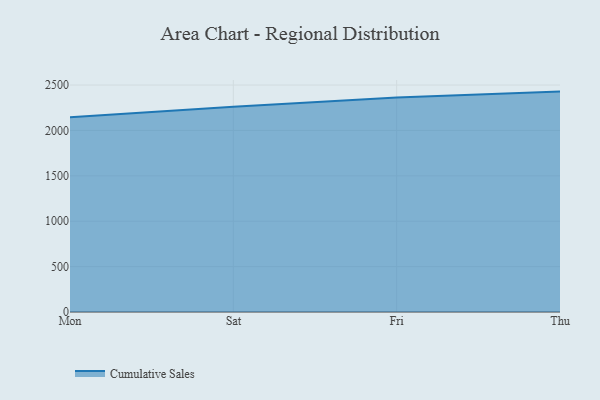
{"axis": {"x": "Day", "y": "Backlog"}, "legend": ["Cumulative Sales"], "data": [{"x": "Mon", "y": 2145.3, "type": "Cumulative Sales"}, {"x": "Sat", "y": 2261.2, "type": "Cumulative Sales"}, {"x": "Fri", "y": 2362.2, "type": "Cumulative Sales"}, {"x": "Thu", "y": 2428.0, "type": "Cumulative Sales"}]}